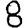
Digit: 8